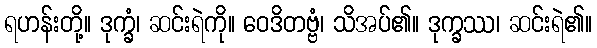
ရဟန်းတို့။ ဒုက္ခံ၊ ဆင်းရဲကို။ ဝေဒိတဗ္ဗံ၊ သိအပ်၏။ ဒုက္ခဿ၊ ဆင်းရဲ၏။